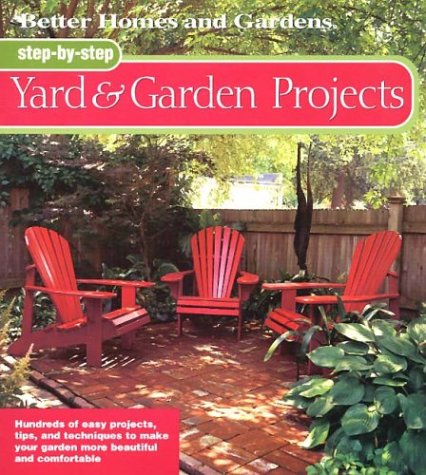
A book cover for Step-by-Step Yard & Garden Projects (Better Homes & Gardens); Better Homes and Gardens; Crafts, Hobbies & Home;